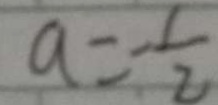
a = - \frac { 1 } { 2 }